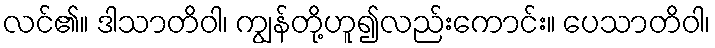
လင်၏။ ဒါသာတိဝါ၊ ကျွန်တို့ဟူ၍လည်းကောင်း။ ပေသာတိဝါ၊